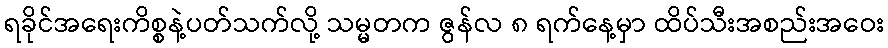
ရခိုင်အရေးကိစ္စနဲ့ပတ်သက်လို့ သမ္မတက ဇွန်လ ၈ ရက်နေ့မှာ ထိပ်သီးအစည်းအဝေး